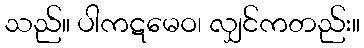
သည်။ ပါကဋမေဝ၊ လျှင်ကတည်း။